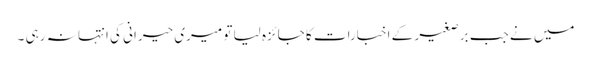
میں نے جب برصغیر کے اخبارات کا جائزہ لیا تو میری حیرانی کی انتہا نہ رہی ۔